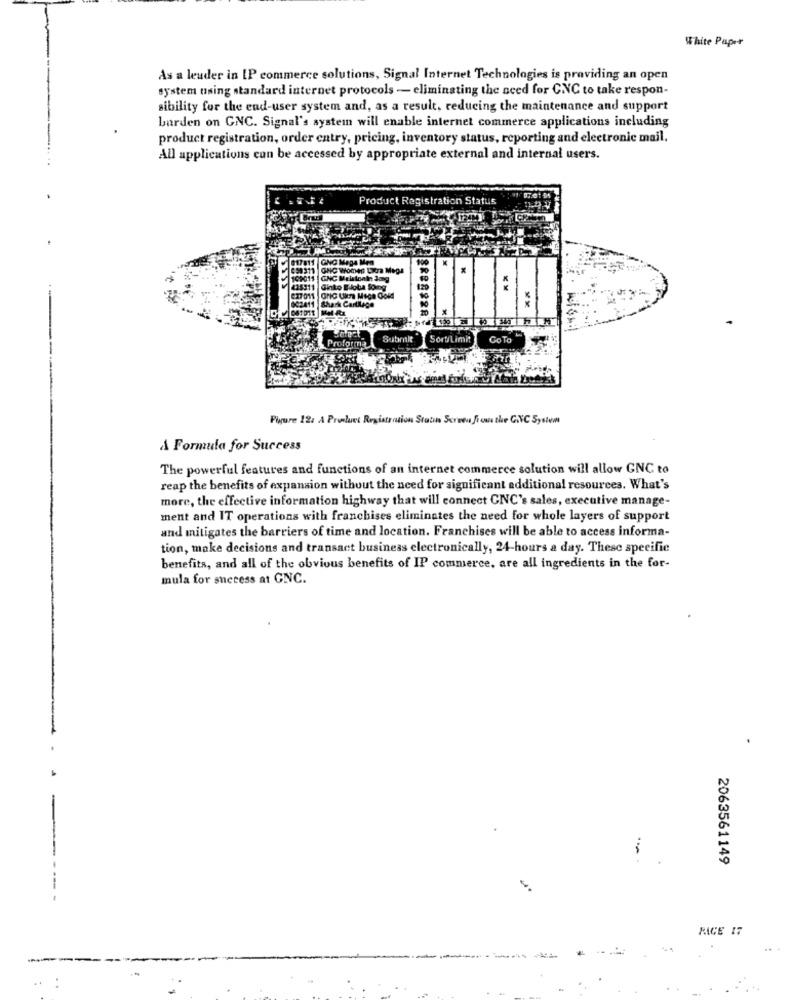
White Paper
As a leader in IP commerce solutions, Signal Internet Technologies is providing an open
system using standard internet protocols - eliminating the need for CNC to take respon-
sibility for the end-user system and, as a result, reducing the maintenance and support
barden on GNC. Signal's system will enable internet commerce applications including
product registration, order entry, pricing, inventory status, reporting and electronic mail.
All applications can be accessed by appropriate external and internal users.
Product Registration Status
GNC Mega Men
GNC Women Lacra Megs
GNC Melatonle Jong
Ginko Eloba Somg
Proform
Submit
Sort/Limit
GoTo
Figure 124 A Product Registration Statin Screen from the GLVC System
A Formula for Success
The powerful features and functions of an internet commerce solution will allow GNC to
reap the benefits of expansion without the need for significant additional resources. What's
more, the effective information highway that will connect GNC's sales, executive manage-
ment and IT operations with franchises eliminates the need for whole layers of support
and mitigates the barriers of time and location. Franchises will be able to access informa-
tion, make decisions and transact business electronically, 24-hours a day. These specific
benefits, and all of the obvious benefits of IP commerce, are all ingredients in the for-
mula for success at GNC.
2063561149
---- -
RICE 17
..
--------